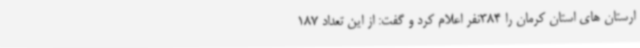
ارستان های استان کرمان را 384نفر اعلام کرد و گفت: از این تعداد 187